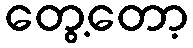
တွေ့တော့